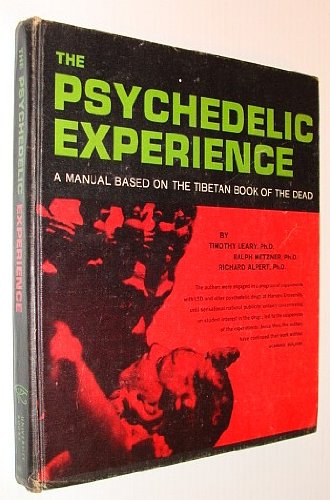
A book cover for The Psychedelic Experience; Timothy, Ralph Metzner, and Richard Alpert Leary; Religion & Spirituality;